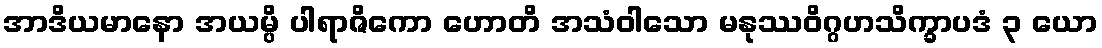
အာဒိယမာနော အယမ္ပိ ပါရာဇိကော ဟောတိ အသံဝါသော မနုဿဝိဂ္ဂဟသိက္ခာပဒံ ၃ ယော